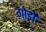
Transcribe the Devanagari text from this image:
गोर्डो